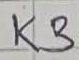
Text: K3